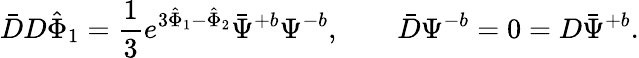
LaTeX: \bar{D}D{\hat{\Phi}}_{1}={\frac{1}{3}}e^{3{\hat{\Phi}}_{1}-{\hat{\Phi}}_{2}}\bar{\Psi}^{+b}\Psi^{-b},\qquad\bar{D}\Psi^{-b}=0=D\bar{\Psi}^{+b}.